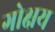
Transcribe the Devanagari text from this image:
गोक्षय